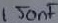
Text: 150nF